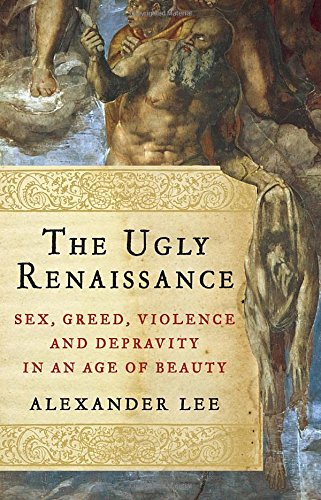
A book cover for The Ugly Renaissance: Sex, Greed, Violence and Depravity in an Age of Beauty; Alexander Lee; History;